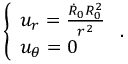
\left\{ \begin{array} { l } { u _ { r } = \frac { \dot { R } _ { 0 } R _ { 0 } ^ { 2 } } { r ^ { 2 } } } \\ { u _ { \theta } = 0 } \end{array} \right. .